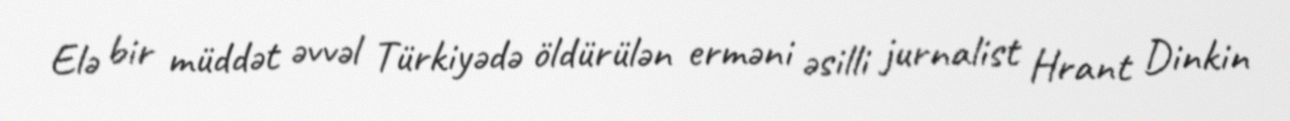
Elə bir müddət əvvəl Türkiyədə öldürülən erməni əsilli jurnalist Hrant Dinkin